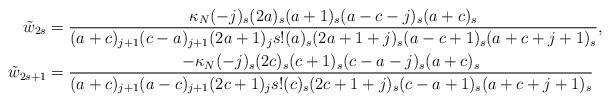
LaTeX: \begin{align*} \begin{aligned} \tilde{w}_{2s}&=\frac{\kappa_N (-j)_s(2a)_s(a+1)_s(a-c-j)_s(a+c)_s}{(a+c)_{j+1}(c-a)_{j+1}(2a+1)_j s!(a)_s(2a+1+j)_s(a-c+1)_s(a+c+j+1)_s}, \\ \tilde{w}_{2s+1}&=\frac{-\kappa_N (-j)_s(2c)_s(c+1)_s(c-a-j)_s(a+c)_s}{(a+c)_{j+1}(a-c)_{j+1}(2c+1)_j s!(c)_s(2c+1+j)_s(c-a+1)_s(a+c+j+1)_s} \end{aligned} \end{align*}